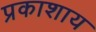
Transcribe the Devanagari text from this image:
प्रकाशाय